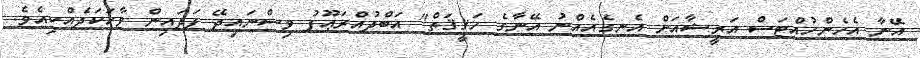
އޭނާ އެހެންހުއްޓަސް އަރީޝާއަށް އެނގެއެއްނު އޭނާގެ ހަޤީޤަތް" އަބްދުއްރަޢޫފު ވިސްނައިދޭ ފަދައިން ވާހަކަދެއްކިއެވެ.